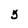
Character: 5